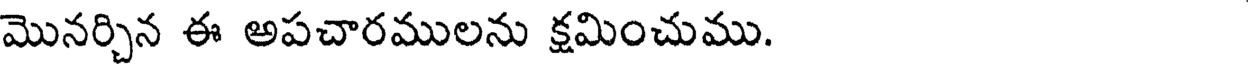
మొనర్చిన ఈ అపచారములను క్షమించుము.